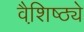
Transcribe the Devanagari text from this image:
वैशि़ष्ठ्ये